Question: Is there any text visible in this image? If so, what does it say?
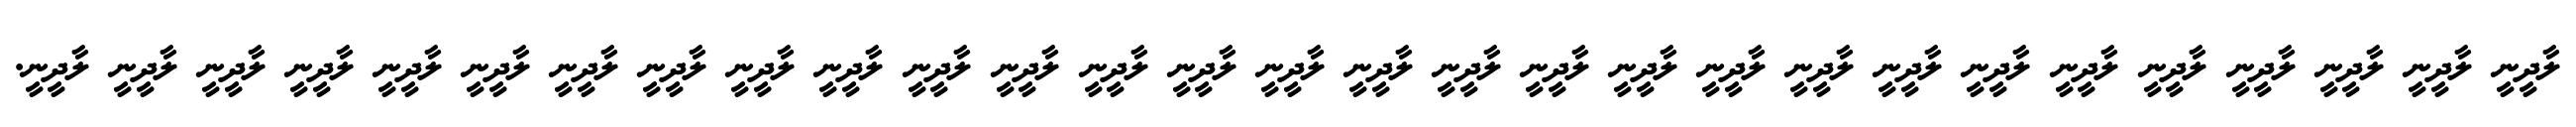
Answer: ލާދީނީ ލާދީނީ ލާދީނީ ލާދީނީ ލާދީނީ ލާދީނީ ލާދީނީ ލާދީނީ ލާދީނީ ލާދީނީ ލާދީނީ ލާދީނީ ލާދީނީ ލާދީނީ ލާދީނީ ލާދީނީ ލާދީނީ ލާދީނީ ލާދީނީ ލާދީނީ ލާދީނީ ލާދީނީ ލާދީނީ ލާދީނީ ލާދީނީ ލާދީނީ ލާދީނީ ލާދީނީ ލާދީނީ.